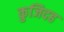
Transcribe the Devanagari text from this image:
कुजिदह